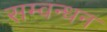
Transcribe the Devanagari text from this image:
सम्वन्धन